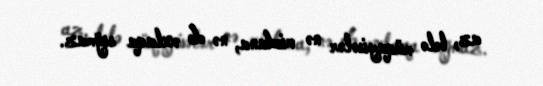
az, belə müqayisələr nə vicdana, nə də əxlaqa sığmaz.